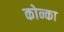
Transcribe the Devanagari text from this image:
कोन्का